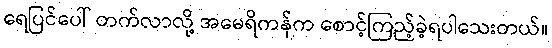
ရေပြင်ပေါ် တက်လာလို့ အမေရိကန်က စောင့်ကြည့်ခဲ့ရပါသေးတယ်။